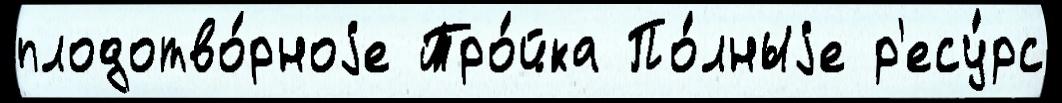
плодотво́рноjе Тро́йка По́лныjе р'есу́рс